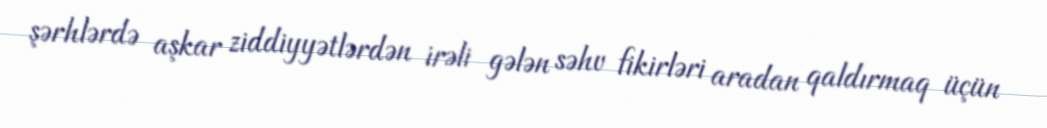
şərhlərdə aşkar ziddiyyətlərdən irəli gələn səhv fikirləri aradan qaldırmaq üçün